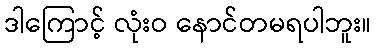
ဒါကြောင့် လုံးဝ နောင်တမရပါဘူး။